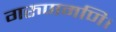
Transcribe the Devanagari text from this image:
गरुणमणि।